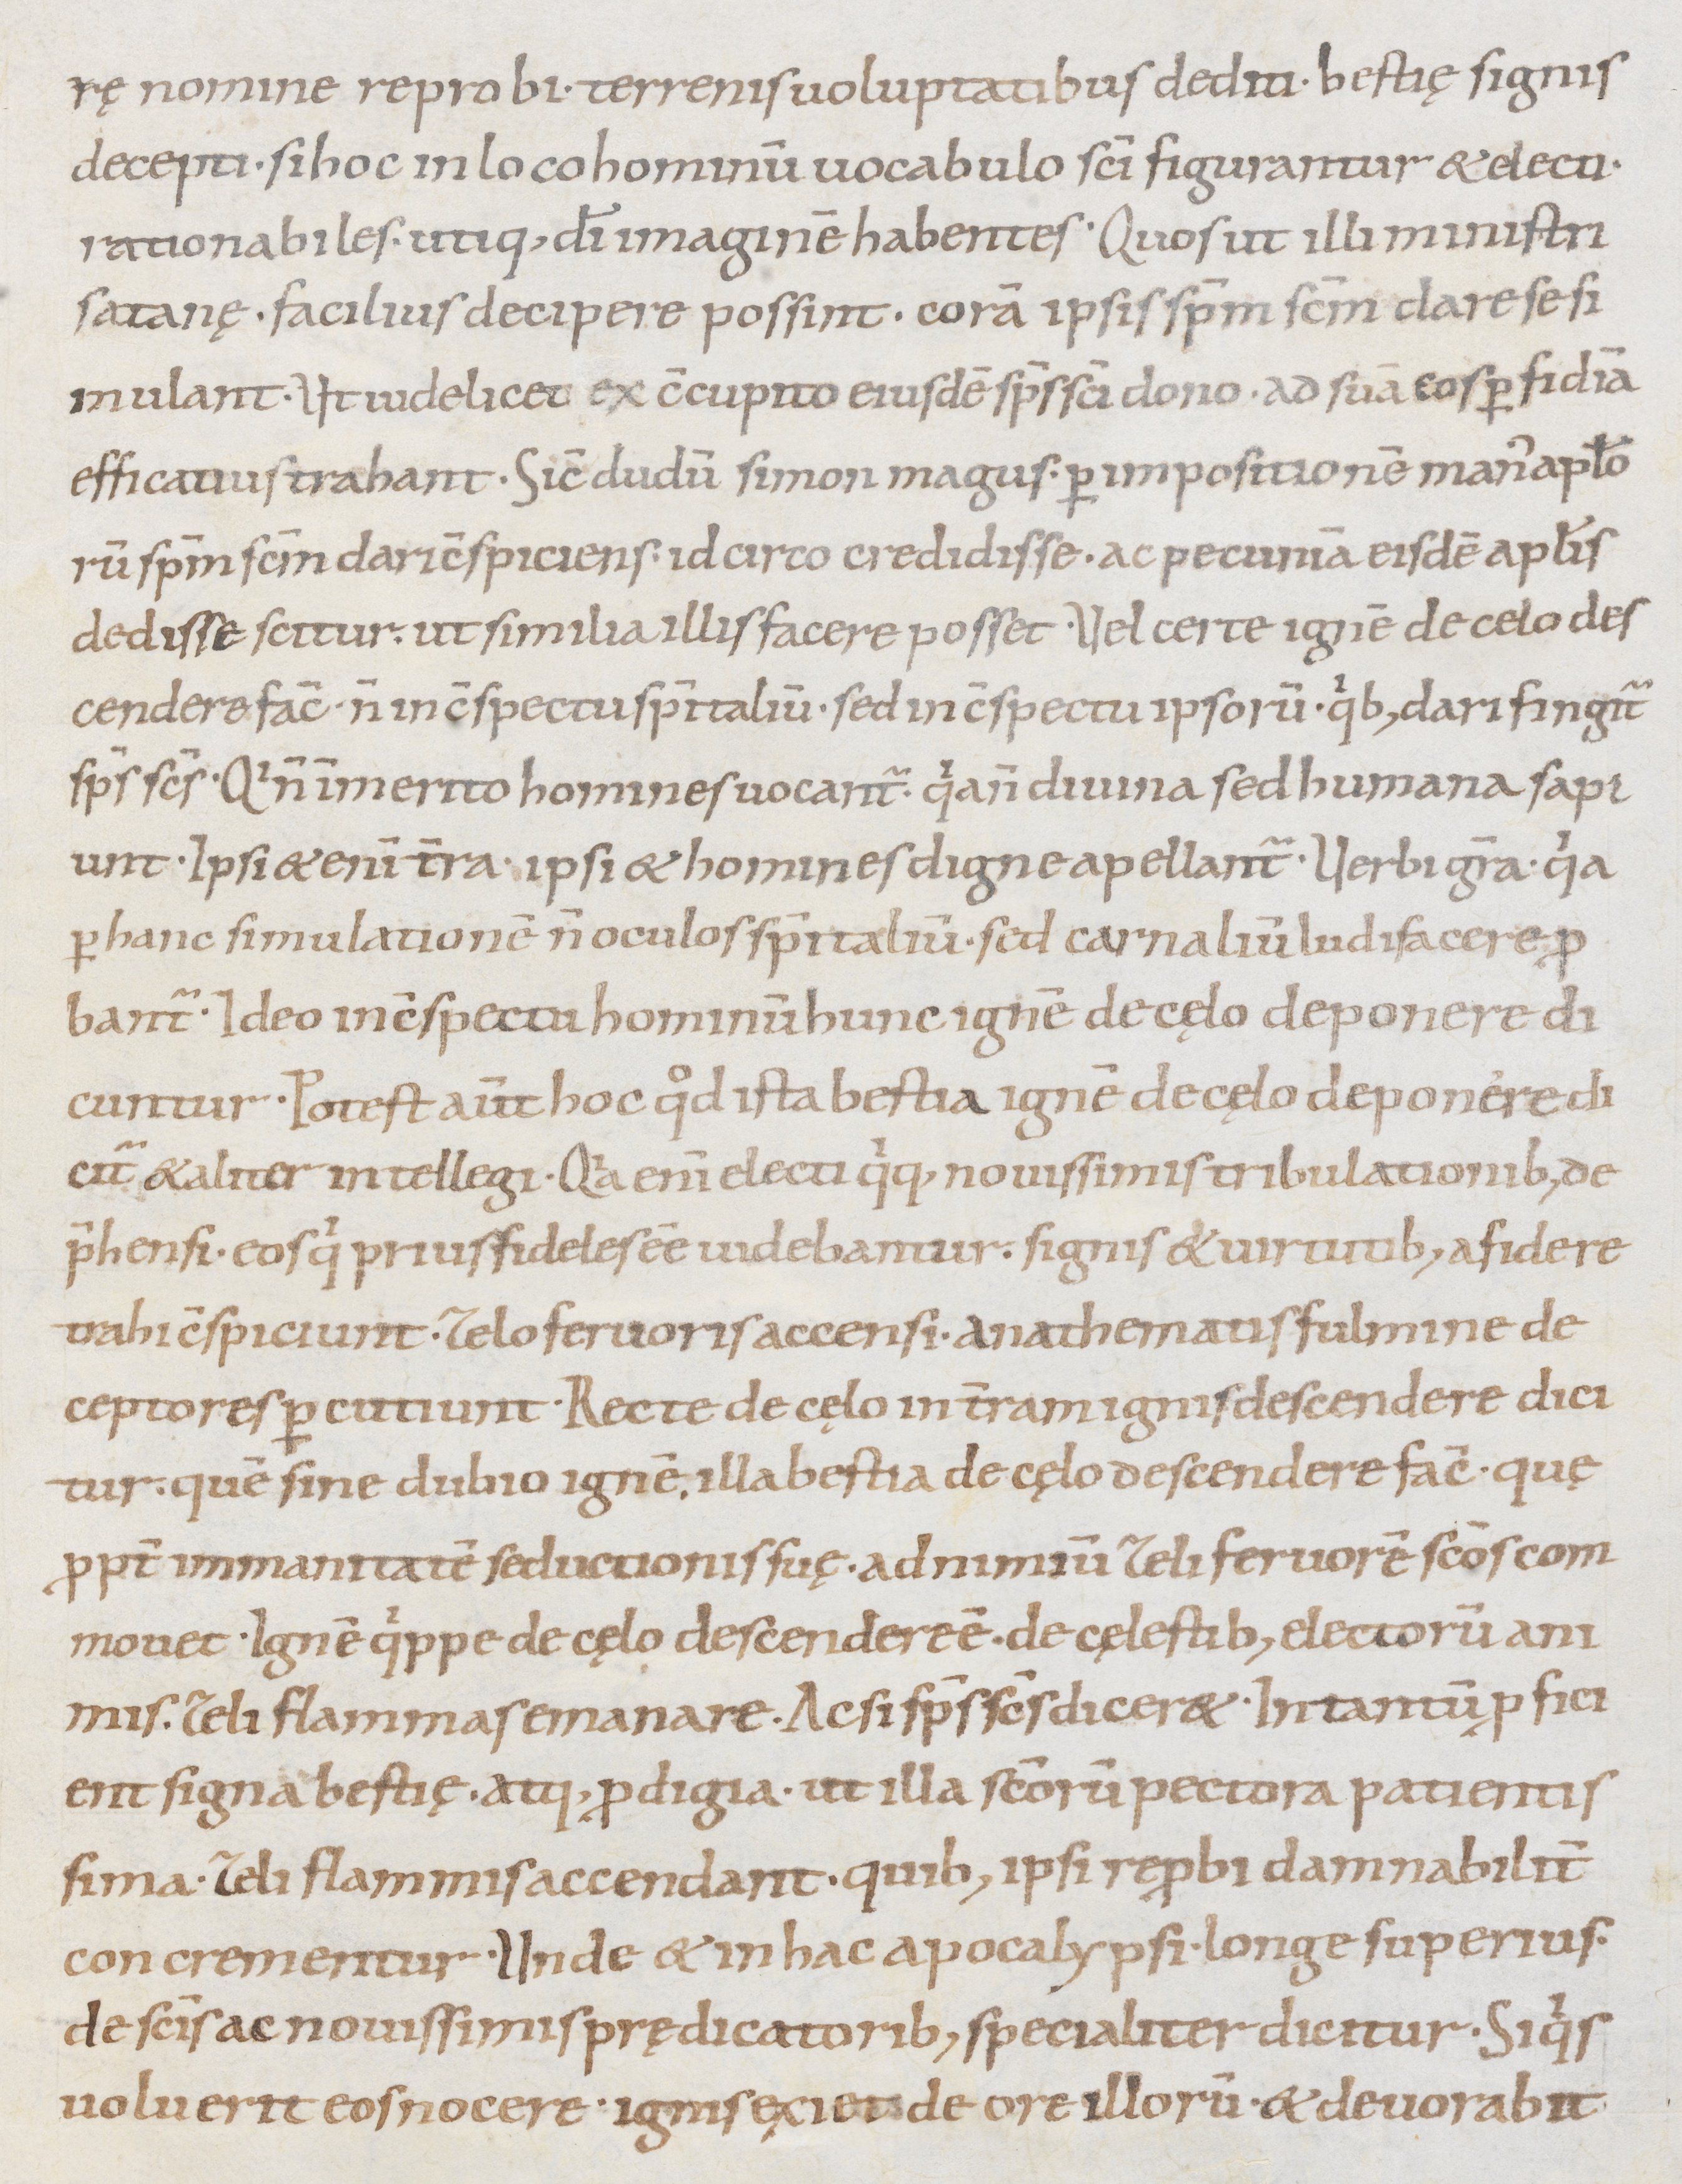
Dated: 1000–1099